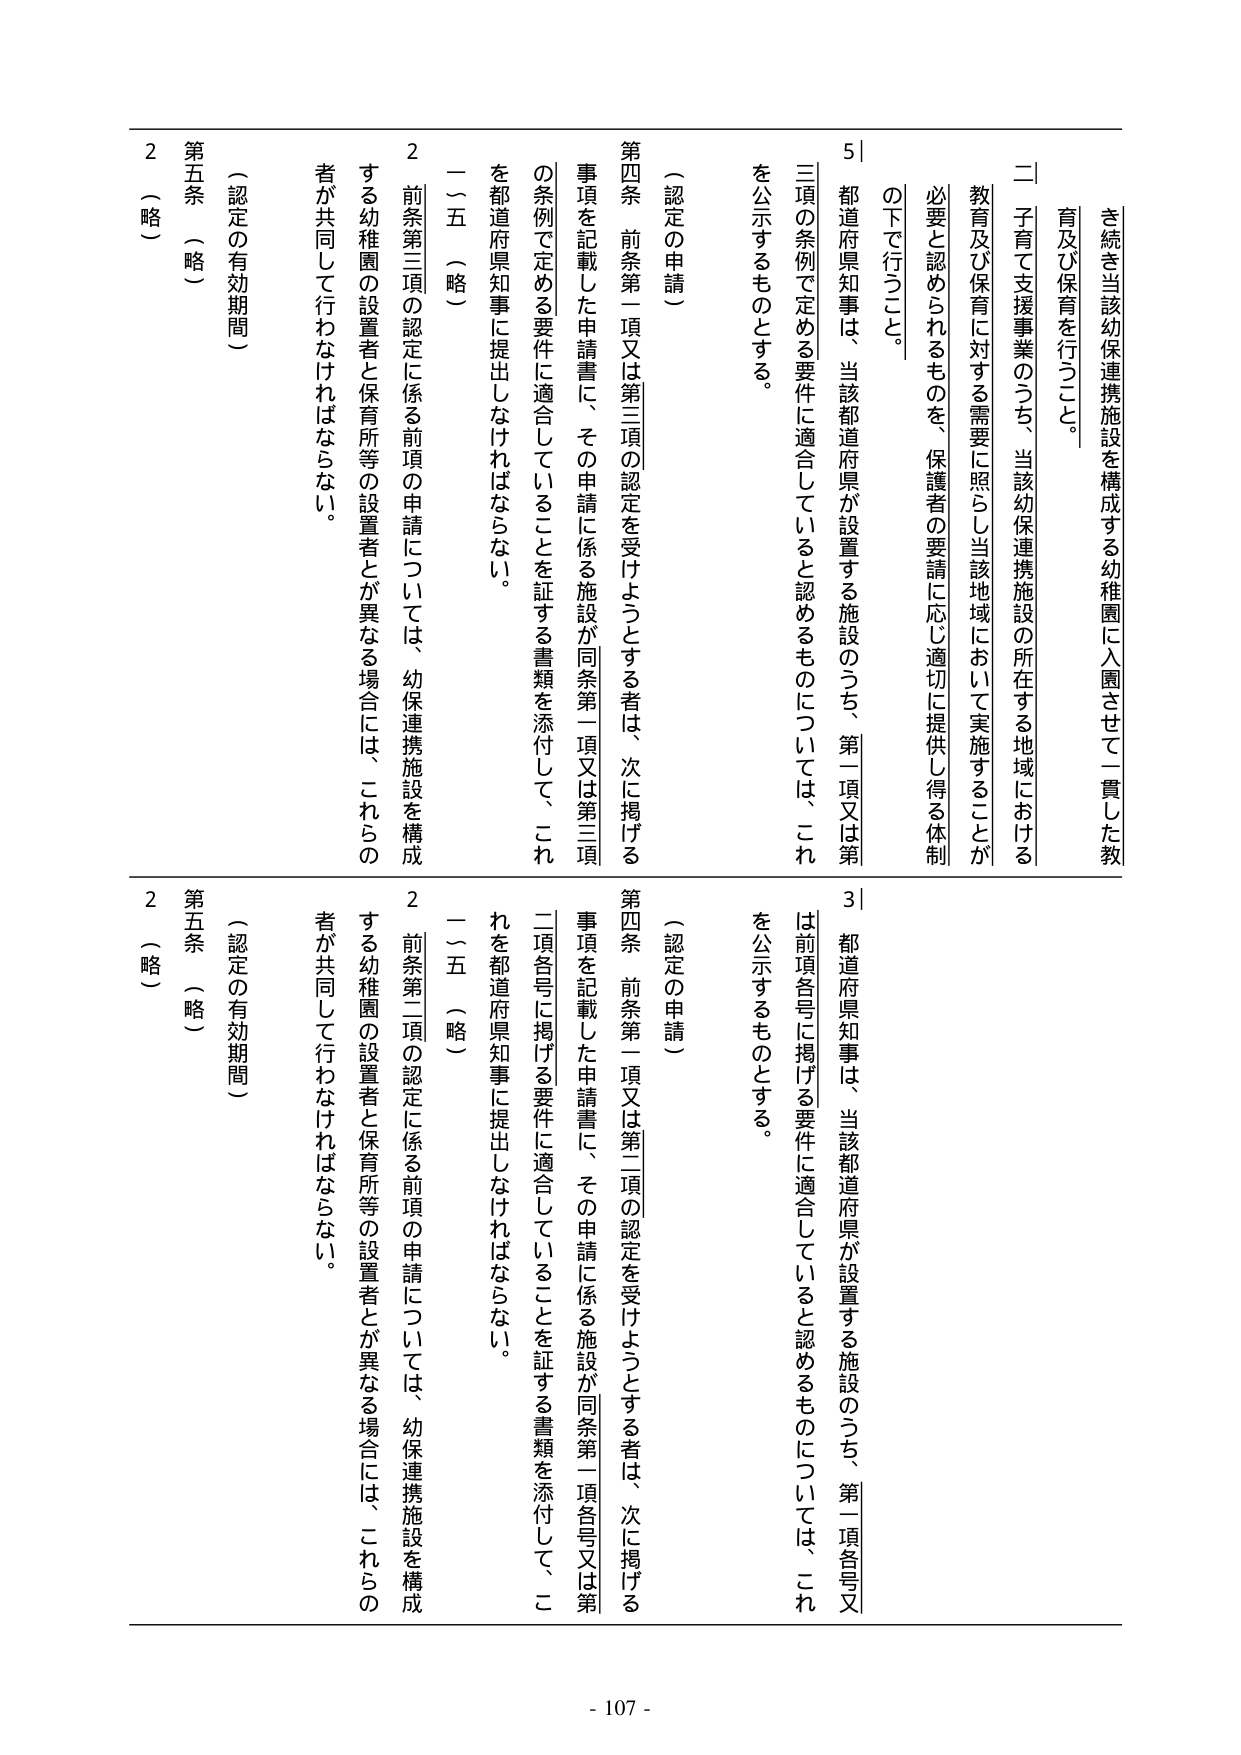
き続き当該幼保連携施設を構成する幼稚園に入園させて一貫した教育及び保育を行うこと。

二 子育て支援事業のうち、当該幼保連携施設の所在する地域における教育及び保育に対する需要に照らし当該地域において実施することが必要と認められるものを、保護者の要請に応じ適切に提供し得る体制の下で行うこと。

5| 都道府県知事は、当該都道府県が設置する施設のうち、第一項又は第三項の条例で定める要件に適合していると認めるものについては、これを公示するものとする。

（認定の申請）

第四条 前条第一項又は第三項の認定を受けようとする者は、次に掲げる事項を記載した申請書に、その申請に係る施設が同条第一項又は第三項の条例で定める要件に適合していることを証する書類を添付して、これを都道府県知事に提出しなければならない。

一～五 （略）

2 前条第三項の認定に係る前項の申請については、幼保連携施設を構成する幼稚園の設置者と保育所等の設置者が異なる場合には、これらの者が共同して行わなければならない。

（認定の有効期間）

第五条 （略）

2 （略）

3| 都道府県知事は、当該都道府県が設置する施設のうち、第一項各号又は前項各号に掲げる要件に適合していると認めるものについては、これを公示するものとする。

（認定の申請）

第四条 前条第一項又は第二項の認定を受けようとする者は、次に掲げる事項を記載した申請書に、その申請に係る施設が同条第一項各号又は第二項各号に掲げる要件に適合していることを証する書類を添付して、これを都道府県知事に提出しなければならない。

一～五 （略）

2 前条第二項の認定に係る前項の申請については、幼保連携施設を構成する幼稚園の設置者と保育所等の設置者が異なる場合には、これらの者が共同して行わなければならない。

（認定の有効期間）

第五条 （略）

2 （略）

- 107 -